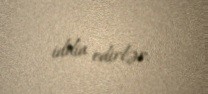
iddia edirlər.